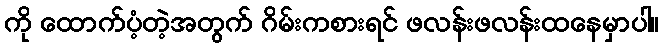
ကို ထောက်ပံ့တဲ့အတွက် ဂိမ်းကစားရင် ဖလန်းဖလန်းထနေမှာပါ။